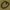
Text: 0